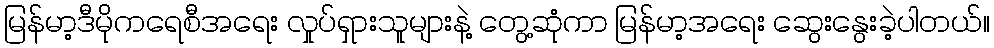
မြန်မာ့ဒီမိုကရေစီအရေး လှုပ်ရှားသူများနဲ့ တွေ့ဆုံကာ မြန်မာ့အရေး ဆွေးနွေးခဲ့ပါတယ်။